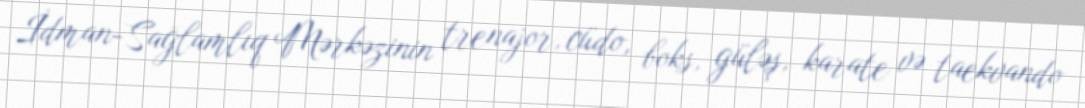
İdman-Sağlamlıq Mərkəzinin trenajor, cüdo, boks, güləş, karate və taekvando